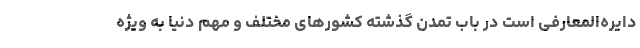
دایره‌المعارفی است در باب تمدن گذشته کشورهای مختلف و مهم دنیا به ویژه